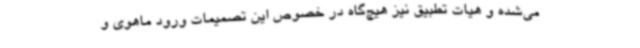
می‌شده و هیات تطبیق نیز هیچ‌گاه در خصوص این تصمیمات ورود ماهوی و